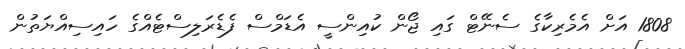
1808 އަށް އެމެރިކާގެ ސެނޭޓް ގައި ޖޯން ކުއިންސީ އެޑަމްސް ފެޑެރަލިސްޓެއްގެ ހައިސިއްޔަތުން